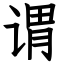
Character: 谓